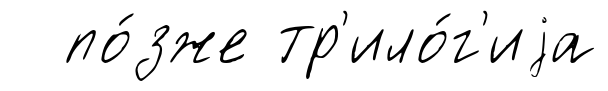
по́зже тр'ило́г'иjа